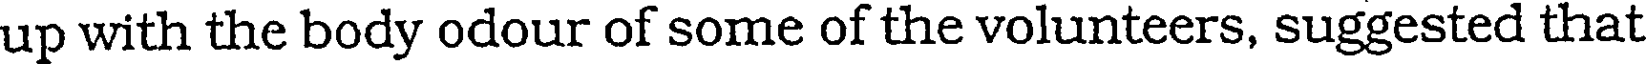
up with the body odour of some of the volunteers, suggested that